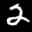
Label: 2